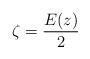
LaTeX: \begin{align*} \zeta= \frac{E(z)}{2}\end{align*}